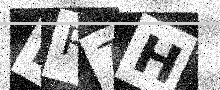
Text: HR7H